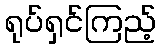
ရုပ်ရှင်ကြည့်